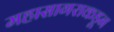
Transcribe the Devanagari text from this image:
महासागराकडून